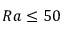
R a \leq 5 0